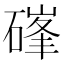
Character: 𮀷